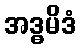
အဒ္ဓမိဒံ